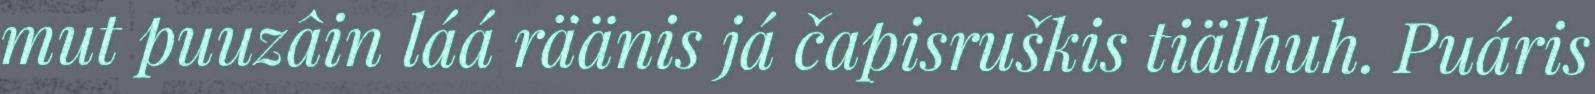
mut puuzâin láá räänis já čapisruškis tiälhuh. Puáris